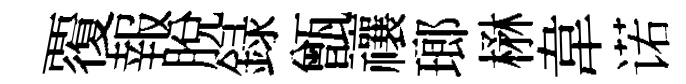
覆報脫録甑禳瑯楙韋诺